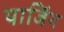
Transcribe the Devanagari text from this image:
पार्जिंग